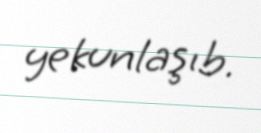
yekunlaşıb.